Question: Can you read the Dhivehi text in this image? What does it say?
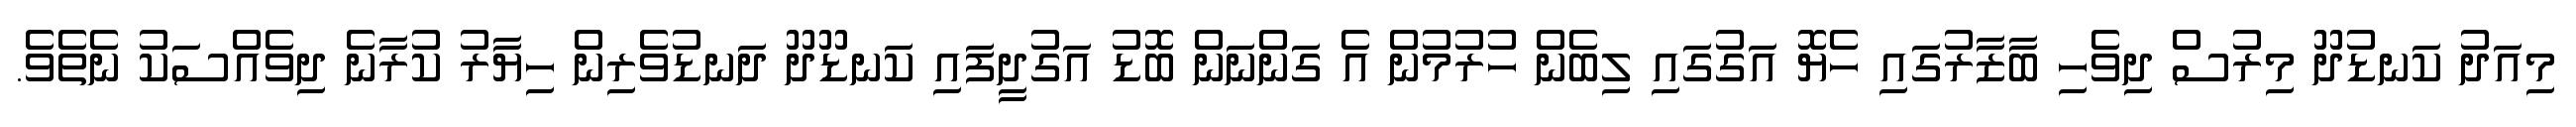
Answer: މިއަދު ކަނޑުދޫ މިރުސް ދިވެހި ބާޒާރުގައި ހެޔޮ އަގުގައި ލިބެން ހުރުމުން އެ ގަންނަން ބޮޑު އަގުދީފައި ކަނޑޫދޫ ދަނޑުވެރިން ހިޔާރު ކުރާނެ ދިވެއްސަކު ނެތެވެ.